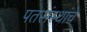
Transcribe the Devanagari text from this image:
पतसंस्थांचे